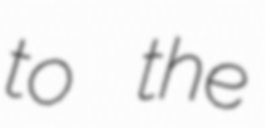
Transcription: to the